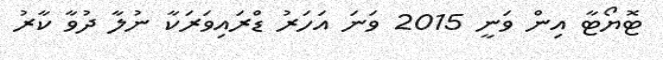
ޓޮޔޯޓާ އިން ވަނީ 2015 ވަނަ އަހަރު ޑްރައިވަރަކާ ނުލާ ދުވާ ކާރު